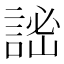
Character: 𧨨